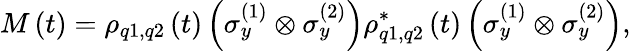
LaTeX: M\left(t\right)=\rho_{q1,q2}\left(t\right)\left(\sigma_{y}^{(1)}\otimes\sigma_{y}^{(2)}\right)\rho_{q1,q2}^{*}\left(t\right)\left(\sigma_{y}^{(1)}\otimes\sigma_{y}^{(2)}\right),